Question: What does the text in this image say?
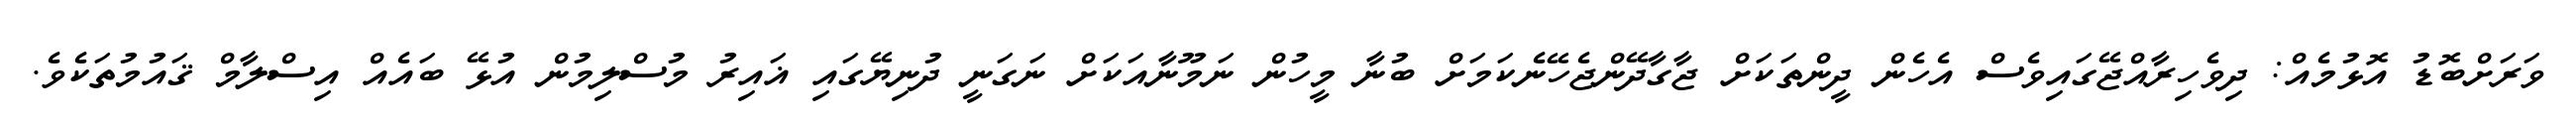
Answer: ވަރަށްބޮޑު އޮޅުމެއް: ދިވެހިރާއްޖޭގައިވެސް އެހެން ދީންތަކަށް ޖާގާދޭންޖެހޭނެކަމަށް ބުނާ މީހުން ނަމޫނާއަކަށް ނަގަނީ ދުނިޔޭގައި ޣައިރު މުސްލިމުން އުޅޭ ބައެއް އިސްލާމް ޤައުމުތަކެވެ.